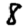
Digit: 8